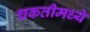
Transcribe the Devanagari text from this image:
चकतीमध्ये